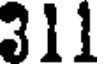
311